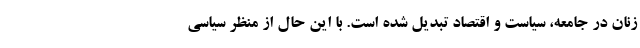
زنان در جامعه، سیاست و اقتصاد تبدیل شده است. با این حال از منظر سیاسی